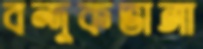
বন্দুকভাঙ্গা